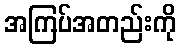
အကြပ်အတည်းကို